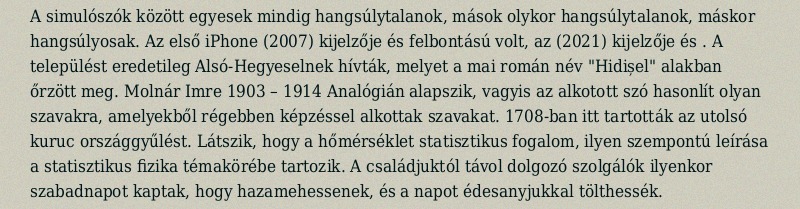
A simulószók között egyesek mindig hangsúlytalanok, mások olykor hangsúlytalanok, máskor hangsúlyosak. Az első iPhone (2007) kijelzője és felbontású volt, az (2021) kijelzője és . A települést eredetileg Alsó-Hegyeselnek hívták, melyet a mai román név "Hidișel" alakban őrzött meg. Molnár Imre 1903 – 1914 Analógián alapszik, vagyis az alkotott szó hasonlít olyan szavakra, amelyekből régebben képzéssel alkottak szavakat. 1708-ban itt tartották az utolsó kuruc országgyűlést. Látszik, hogy a hőmérséklet statisztikus fogalom, ilyen szempontú leírása a statisztikus fizika témakörébe tartozik. A családjuktól távol dolgozó szolgálók ilyenkor szabadnapot kaptak, hogy hazamehessenek, és a napot édesanyjukkal tölthessék.